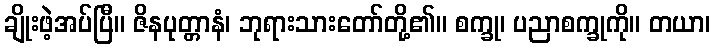
ချိုးဖဲ့အပ်ပြီ။ ဇိနပုတ္တာနံ၊ ဘုရားသားတော်တို့၏။ စက္ခု၊ ပညာစက္ခုကို။ တယာ၊